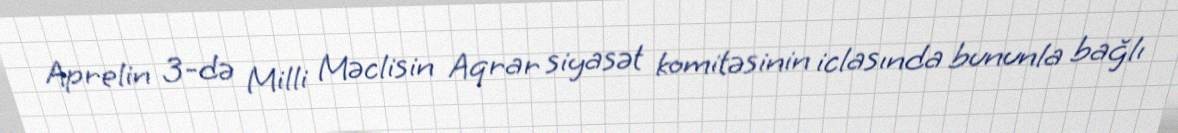
Aprelin 3-də Milli Məclisin Aqrar siyasət komitəsinin iclasında bununla bağlı